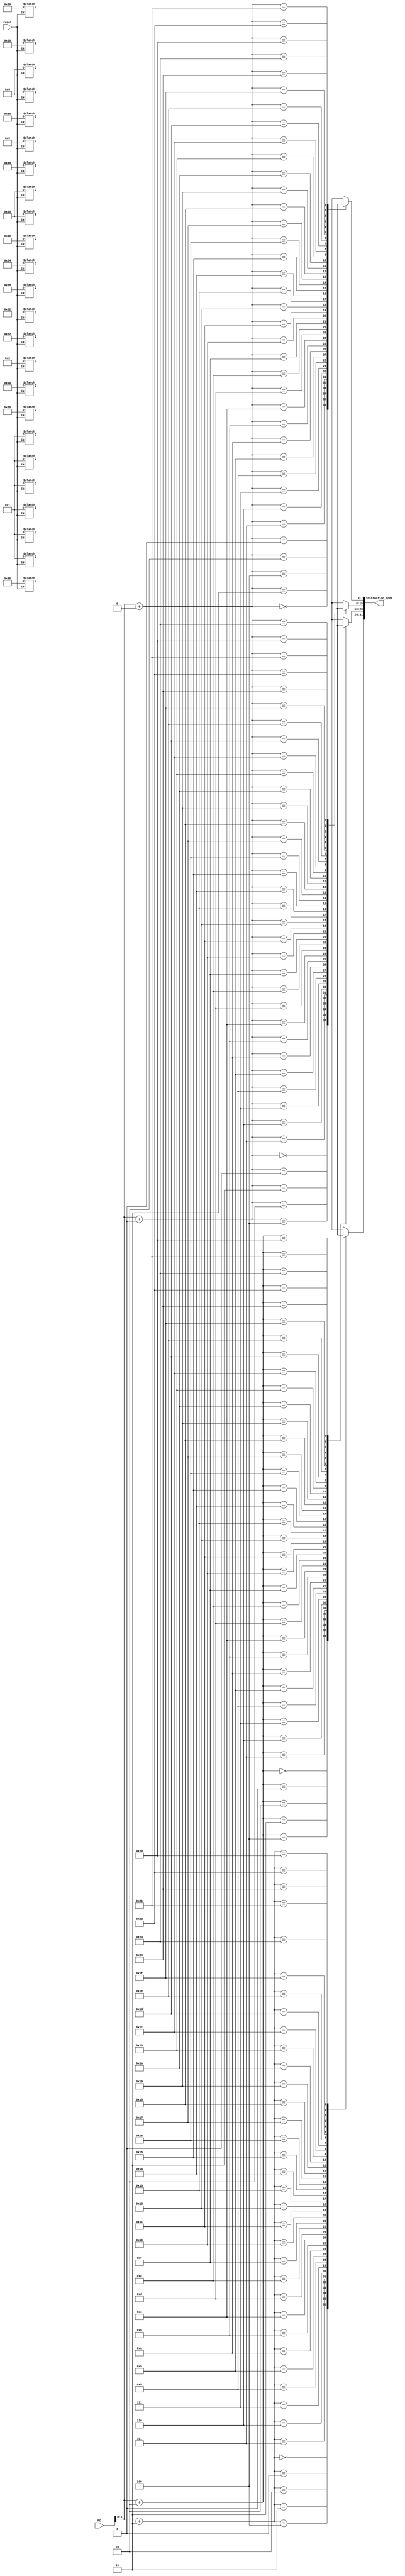
module instruction_memory (
	input [31:0] PC,
	input reset,
	output [31:0] instruction_code
);

reg [7:0]mem[36:0];

assign instruction_code = {mem[PC+3], mem[PC+2], mem[PC+1], mem[PC+0]};

always @(reset) begin 
	if(!reset) begin 
		{mem[3],mem[2],mem[1],mem[0]} = 32'h00011020;
		{mem[7],mem[6],mem[5],mem[4]} = 32'h00853022;
		{mem[11],mem[10],mem[9],mem[8]} = 32'h01095024;
		{mem[15],mem[14],mem[13],mem[12]} = 32'h01285025;
		{mem[19],mem[18],mem[17],mem[16]} = 32'h01660180;
		{mem[23],mem[22],mem[21],mem[20]} = 32'h01a90282;
	end
end

endmodule